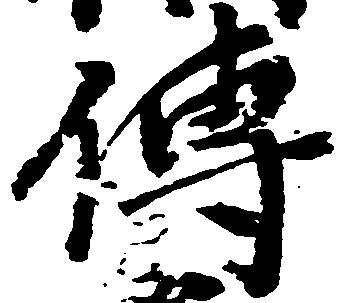
傳